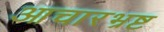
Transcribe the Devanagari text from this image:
आचारभ्रष्ट